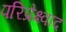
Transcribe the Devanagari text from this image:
परिप्रेक्ष्वाद